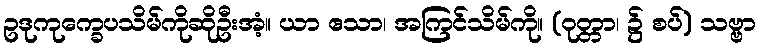
ဥဒုကုက္ခေပသိမ်ကိုဆိုဦးအံ့။ ယာ ဧသာ၊ အကြင်သိမ်ကို။ (ဝုတ္တာ၊ ၌ စပ်) သဗ္ဗာ